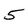
Character: 5